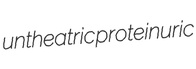
untheatric proteinuric